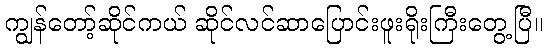
ကျွန်တော့်ဆိုင်ကယ် ဆိုင်လင်ဆာပြောင်းဖူးရိုးကြီးတွေ့ပြီ။